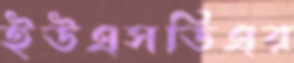
ইউএসডিএর